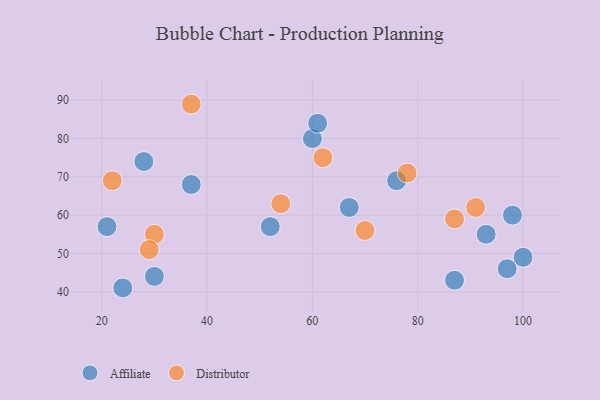
{"axis": {"x": "GDP", "y": "Life Expectancy"}, "legend": ["Affiliate", "Distributor"], "data": [{"x": "52", "y": 57, "type": "Affiliate"}, {"x": "37", "y": 68, "type": "Affiliate"}, {"x": "100", "y": 49, "type": "Affiliate"}, {"x": "76", "y": 69, "type": "Affiliate"}, {"x": "24", "y": 41, "type": "Affiliate"}, {"x": "97", "y": 46, "type": "Affiliate"}, {"x": "87", "y": 43, "type": "Affiliate"}, {"x": "28", "y": 74, "type": "Affiliate"}, {"x": "98", "y": 60, "type": "Affiliate"}, {"x": "60", "y": 80, "type": "Affiliate"}, {"x": "30", "y": 44, "type": "Affiliate"}, {"x": "67", "y": 62, "type": "Affiliate"}, {"x": "21", "y": 57, "type": "Affiliate"}, {"x": "93", "y": 55, "type": "Affiliate"}, {"x": "61", "y": 84, "type": "Affiliate"}, {"x": "30", "y": 55, "type": "Distributor"}, {"x": "91", "y": 62, "type": "Distributor"}, {"x": "54", "y": 63, "type": "Distributor"}, {"x": "87", "y": 59, "type": "Distributor"}, {"x": "22", "y": 69, "type": "Distributor"}, {"x": "70", "y": 56, "type": "Distributor"}, {"x": "78", "y": 71, "type": "Distributor"}, {"x": "29", "y": 51, "type": "Distributor"}, {"x": "37", "y": 89, "type": "Distributor"}, {"x": "62", "y": 75, "type": "Distributor"}]}